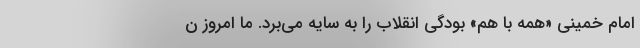
امام خمینی «همه با هم» بودگی انقلاب را به سایه می‌برد. ما امروز ن